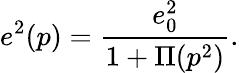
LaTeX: e^{2}(p)=\frac{e_{0}^{2}}{1+\Pi(p^{2})}.